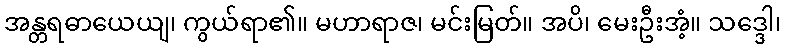
အန္တရဓာယေယျ၊ ကွယ်ရာ၏။ မဟာရာဇ၊ မင်းမြတ်။ အပိ၊ မေးဦးအံ့။ သဒ္ဒေါ၊